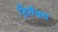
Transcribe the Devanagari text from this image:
हितैक्य